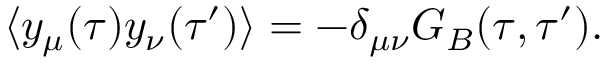
\langle y _ { \mu } ( \tau ) y _ { \nu } ( \tau ^ { \prime } ) \rangle = - \delta _ { \mu \nu } G _ { B } ( \tau , \tau ^ { \prime } ) .